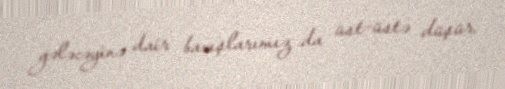
gələcəyinə dair baxışlarımız da üst-üstə düşür.